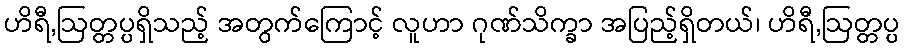
ဟိရီ,ဩတ္တပ္ပရှိသည့် အတွက်ကြောင့် လူဟာ ဂုဏ်သိက္ခာ အပြည့်ရှိတယ်၊ ဟိရီ,ဩတ္တပ္ပ